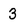
Character: 3